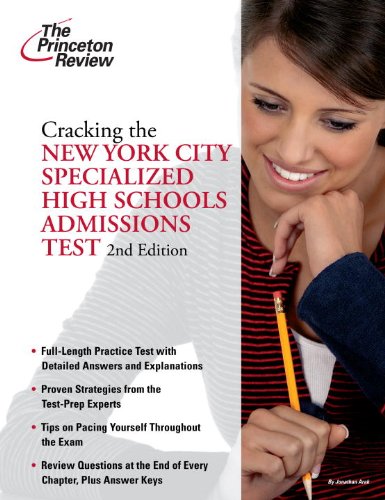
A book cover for Cracking the New York City Specialized High Schools Admissions Test, Second Edition (State Test Preparation Guides); Princeton Review; Test Preparation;